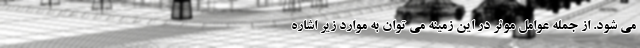
می شود. از جمله عوامل موثر در این زمینه می توان به موارد زیر اشاره